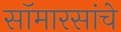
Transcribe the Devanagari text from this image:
सॉमारसांचे